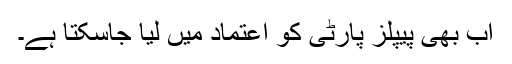
اب بھی پیپلز پارٹی کو اعتماد میں لیا جاسکتا ہے۔